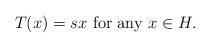
LaTeX: \begin{align*}T(x)=sx\ \mbox{for any $x\in H$}.\end{align*}